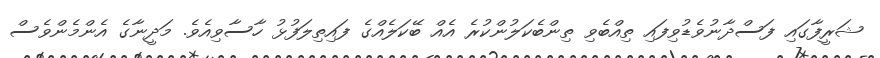
ޝަރީފާގައި ފަސްދާނުވެޑުވިފައި ތިއްބެވި ތިންބެކަލުންކުރެ އެއް ބޭކަލެއްގެ ފައިތިލަފުޅު ހާސާވިއެވެ. މަދީނާގެ އެންމެންވެސް